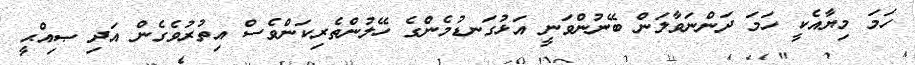
ހަމަ މިޔާއެކީ ހަމަ ދަންނަވާލަން ބޭނުންވަނީ އަޅުގަނޑުމެންގެ ހޭލުންތެރިކަންވެސް އިތުރުވެގެން އަދި ޞިއްޙީ